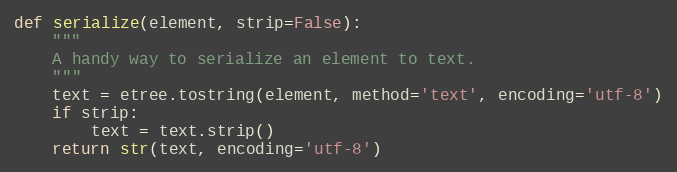
Language: Python
def serialize(element, strip=False):
    """
    A handy way to serialize an element to text.
    """
    text = etree.tostring(element, method='text', encoding='utf-8')
    if strip:
        text = text.strip()
    return str(text, encoding='utf-8')